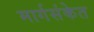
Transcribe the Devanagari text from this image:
मार्गसंकेत